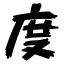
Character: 度